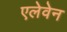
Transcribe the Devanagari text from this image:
एलेवेन